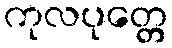
ကုလပုတ္တေ